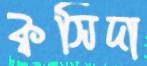
ক্বসিদা